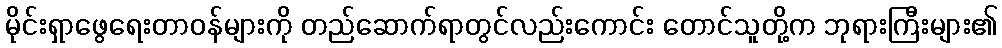
မိုင်းရှာဖွေရေးတာဝန်များကို တည်ဆောက်ရာတွင်လည်းကောင်း တောင်သူတို့က ဘုရားကြီးများ၏